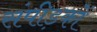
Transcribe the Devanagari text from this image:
संपीड़कों